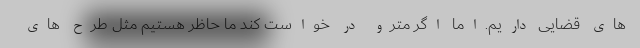
های قضایی داریم.اما اگر مترو در خواست کند ما حاظر هستیم مثل طرح های